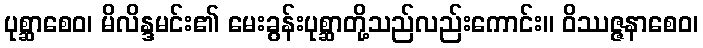
ပုစ္ဆာစေဝ၊ မိလိန္ဒမင်း၏ မေးခွန်းပုစ္ဆာတို့သည်လည်းကောင်း။ ဝိဿဇ္ဇနာစေဝ၊